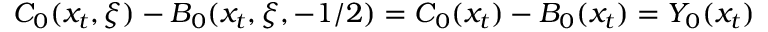
C _ { 0 } ( x _ { t } , \xi ) - B _ { 0 } ( x _ { t } , \xi , - 1 / 2 ) = C _ { 0 } ( x _ { t } ) - B _ { 0 } ( x _ { t } ) = Y _ { 0 } ( x _ { t } )